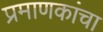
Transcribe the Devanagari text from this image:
प्रमाणकांचा